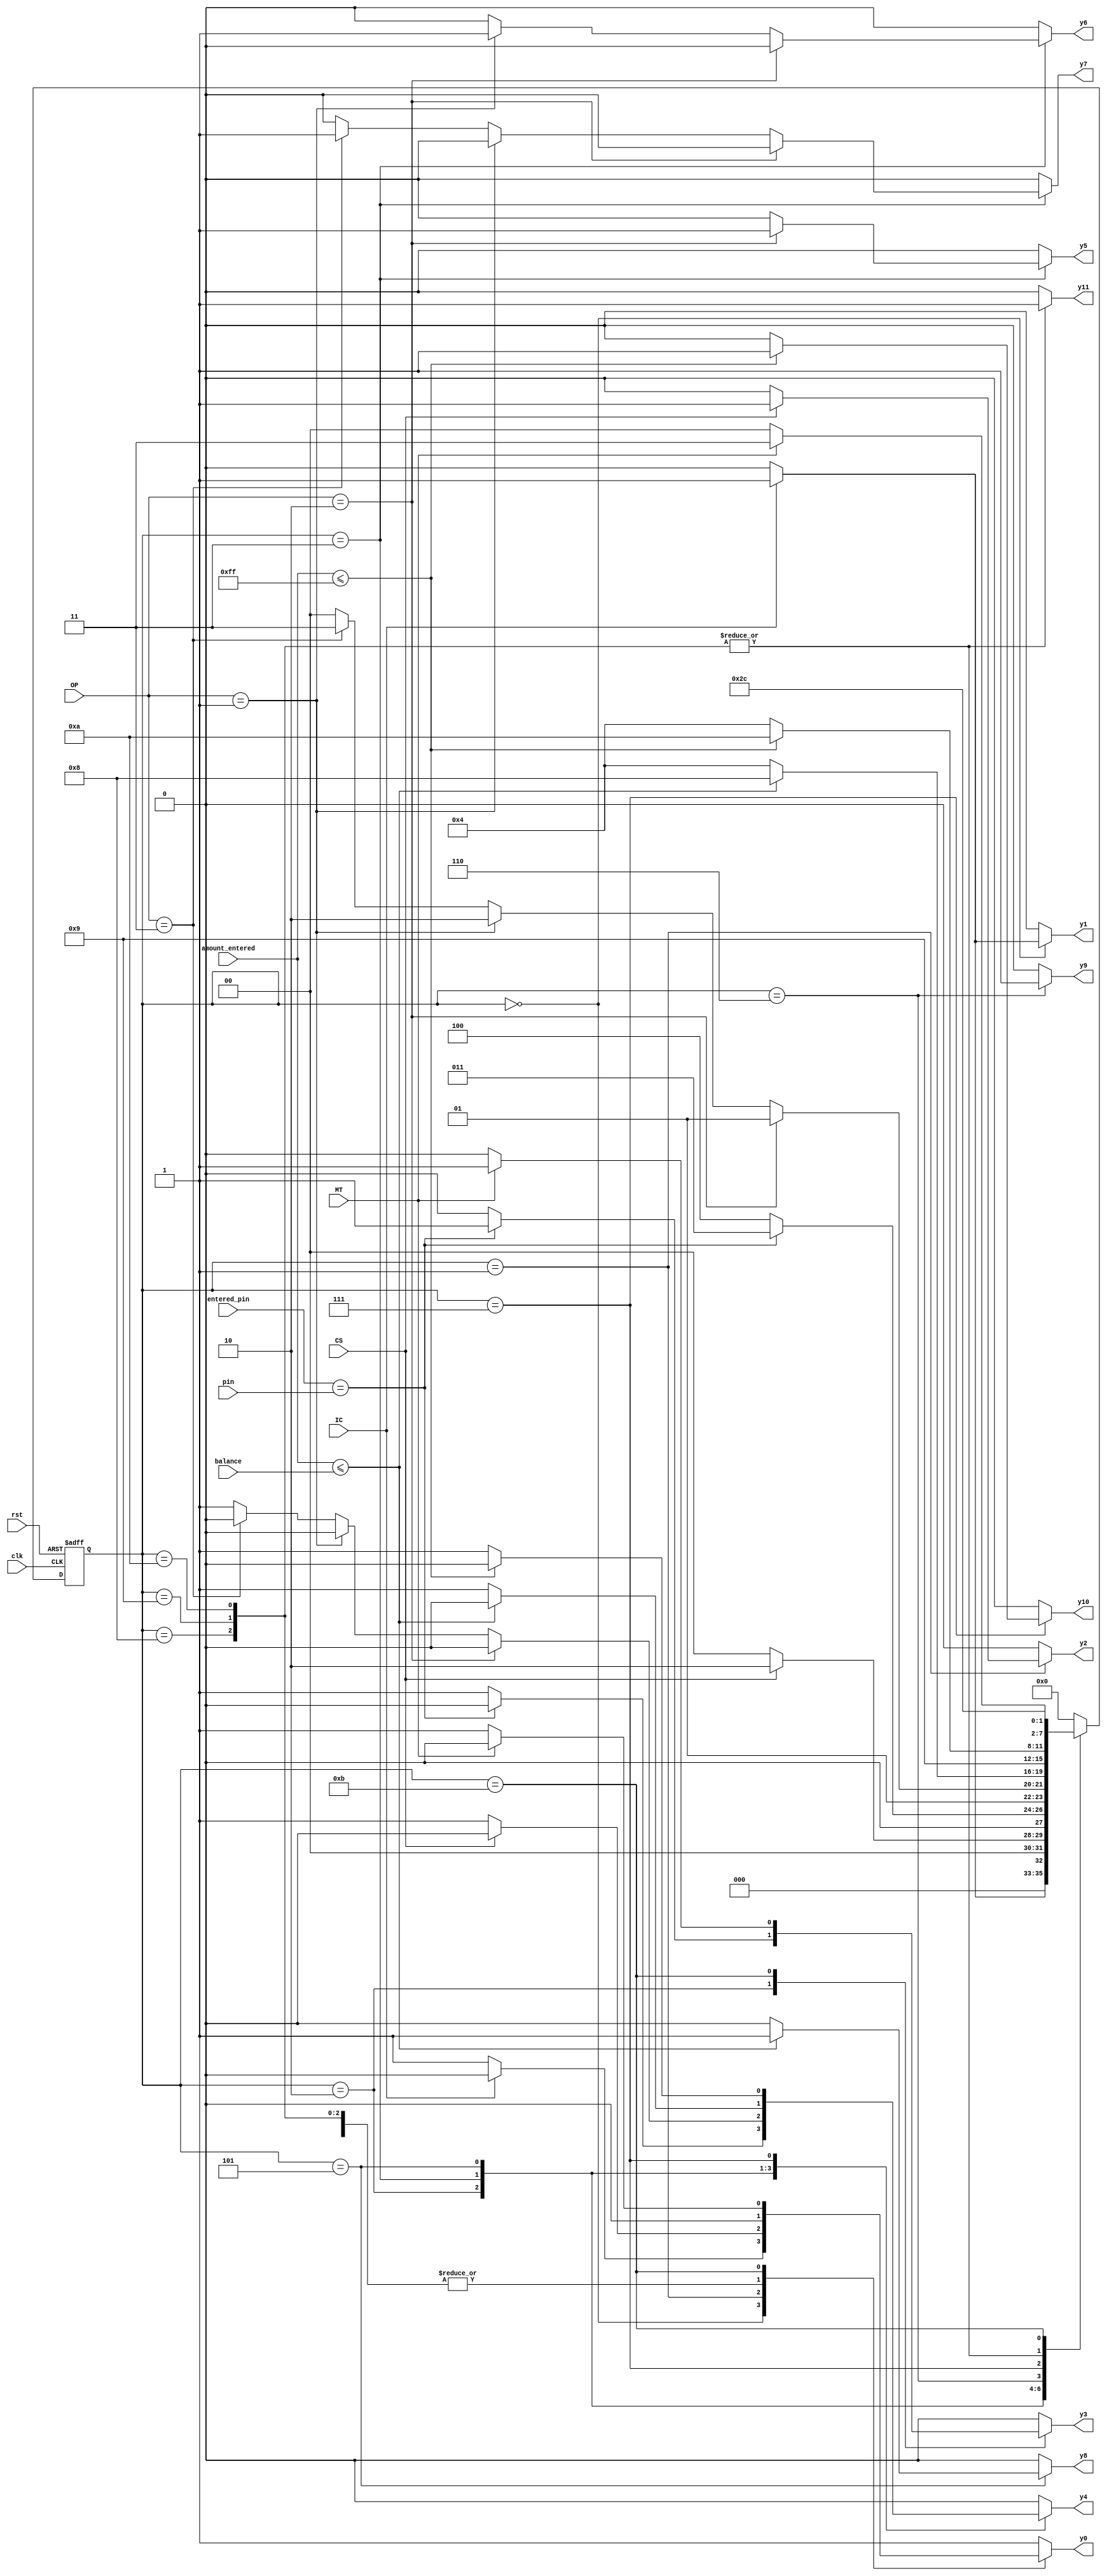
`timescale 1ns / 1ps
//////////////////////////////////////////////////////////////////////////////////
// Company: 
// Engineer: 
// 
// Design Name: 
// Module Name: source
// Project Name: 
// Target Devices: 
// Tool Versions: 
// Description: 
// 
// Dependencies: 
// 
// Revision:
// Revision 0.01 - File Created
// Additional Comments:
// 
//////////////////////////////////////////////////////////////////////////////////

module source(
    input wire clk, 
    input wire rst, 
    input wire IC, 
    input wire CS, 
    input wire MT, 
    input wire [3:0] entered_pin, 
    input wire [7:0] amount_entered, 
    input wire [1:0] OP, // OP= option that is selected by the user
    input wire [7:0] balance, 
    input wire [3:0] pin,
    output reg y0, 
    output reg y1, 
    output reg y2, 
    output reg y3, 
    output reg y4, 
    output reg y5, 
    output reg y6, 
    output reg y7, 
    output reg y8, 
    output reg y9, 
    output reg y10, 
    output reg y11
);

    reg [7:0] balance_reg;
    reg [3:0] pin_reg;
    
    parameter [3:0] 
        idle_state = 4'b0000,
        scan_card = 4'b0001,        
        enter_pin = 4'b0010,
        option_select = 4'b0011,
        invalid = 4'b0100,
        withdraw = 4'b0101,
        balance_check = 4'b0110,
        deposit = 4'b0111,
        money_withdraw = 4'b1000,
        balance_show = 4'b1001,
        money_deposited = 4'b1010,
        anything_else = 4'b1011;
    
    reg [3:0] current_state, next_state;

    always @(*)
    begin
        y0 <= 0;      // idle state
        y1 <= 0;      // card inserted
        y2 <= 0;      // card scanned
        y3 <= 0;      // pin entered
        y4 <= 0;      // invalid result
        y5 <= 0;      // withdraw
        y6 <= 0;      // balance check
        y7 <= 0;      // deposit
        y8 <= 0;      // withdrawing money
        y9 <= 0;      // balance showing
        y10 <= 0;     // money deposited
        y11 <= 0;     // more transactions
        next_state <= 0;
        balance_reg <= balance;
        pin_reg <= pin;
        
        case(current_state)
            idle_state: begin
                if(IC) begin
                    next_state <= scan_card;
                    y1 <= 1;
                    $display("Scanning card");
                end else begin
                    next_state <= idle_state;
                    y0 <= 1;
                    $display("insert your card");
                end
            end
            
            scan_card: begin
                if(CS) begin
                    next_state <= enter_pin;
                    y2 <= 1;
                    $display("Scan completed");
                end else begin
                    next_state <= idle_state;
                    y0 <= 1;
                    $display("insert your card");
                end
            end
            
            enter_pin: begin
                if(entered_pin == pin_reg) begin
                    next_state <= option_select;
                    y3 <= 1;
                    $display("select option");
                end else begin
                    next_state <= invalid;
                    y4 <= 1;
                    $display("invalid input");
                end
            end
            
            invalid: begin
                next_state <= idle_state;
                y0 <= 1;
                $display("insert your card");
            end
            
            option_select: begin    // select option for withdraw or deposit of balance check
                if(OP == 2'b10) begin
                    next_state <= withdraw;
                    y5 <= 1;
                    $display("please enter amount to withdraw ");
                end else if(OP == 2'b01) begin
                    next_state <= balance_check;
                    y6 <= 1;
                    $display("checking balance");
                end else if(OP == 2'b11) begin
                    next_state <= deposit;
                    y7 <= 1;
                    $display("please enter amount to deposit");
                end else begin
                    next_state <= invalid;
                    y4 <= 1;
                    $display("invalid state");
                end
            end
            
            withdraw: begin
                if(amount_entered <= balance_reg) begin // if amount entered is less than balance in account
                    next_state <= money_withdraw;
                    y8 <= 1;
                    $display("withdrawing money ");
                end else begin
                    next_state <= invalid;
                    y4 <= 1;
                    $display("invalid input");
                end
            end
            
            balance_check: begin
                next_state <= balance_show;
                y9 <= 1;
                $display("your balance current balance is %0h ", balance_reg);
            end
            
            deposit: begin
                if(amount_entered <= 8'b11111111) begin
                    next_state <= money_deposited;
                    y10 <= 1;
                    $display("money deposited");
                end else begin
                    next_state <= invalid;
                    y4 <= 1;
                    $display("invalid input");
                end
            end
            
            money_withdraw: begin
                next_state <= anything_else;
                y11 <= 1;
                $display("more transactions..");
            end
            
            balance_show: begin
                next_state <= anything_else;
                y11 <= 1;
                $display("more transactions..");
            end
            
            money_deposited: begin
                next_state <= anything_else;
                y11 <= 1;
                $display("more transactions..");
            end
            
            anything_else: begin
                if(MT) begin
                    next_state <= option_select;
                    y3 <= 1;
                    $display("select option");
                end else begin
                    next_state <= idle_state;
                    y0 <= 1;
                    $display("insert your card");
                end
            end
            
            default: begin
                next_state <= idle_state;
                y0 <= 1;
                $display("insert your card");
            end
        endcase
    end
    
    always @(posedge clk or negedge rst)
    begin
        if(!rst)
            current_state <= idle_state;
        else
            current_state <= next_state;
    end
    
endmodule